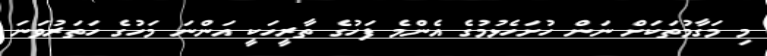
މި މަގާމުތަކަށް ނަން ހުށަހެޅުމުގެ އެންމެ ފަހުގެ ތާރީހަކީ އަންނަ މަހުގެ ހަތަރުވަނަ